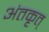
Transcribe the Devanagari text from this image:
अंतकृत्